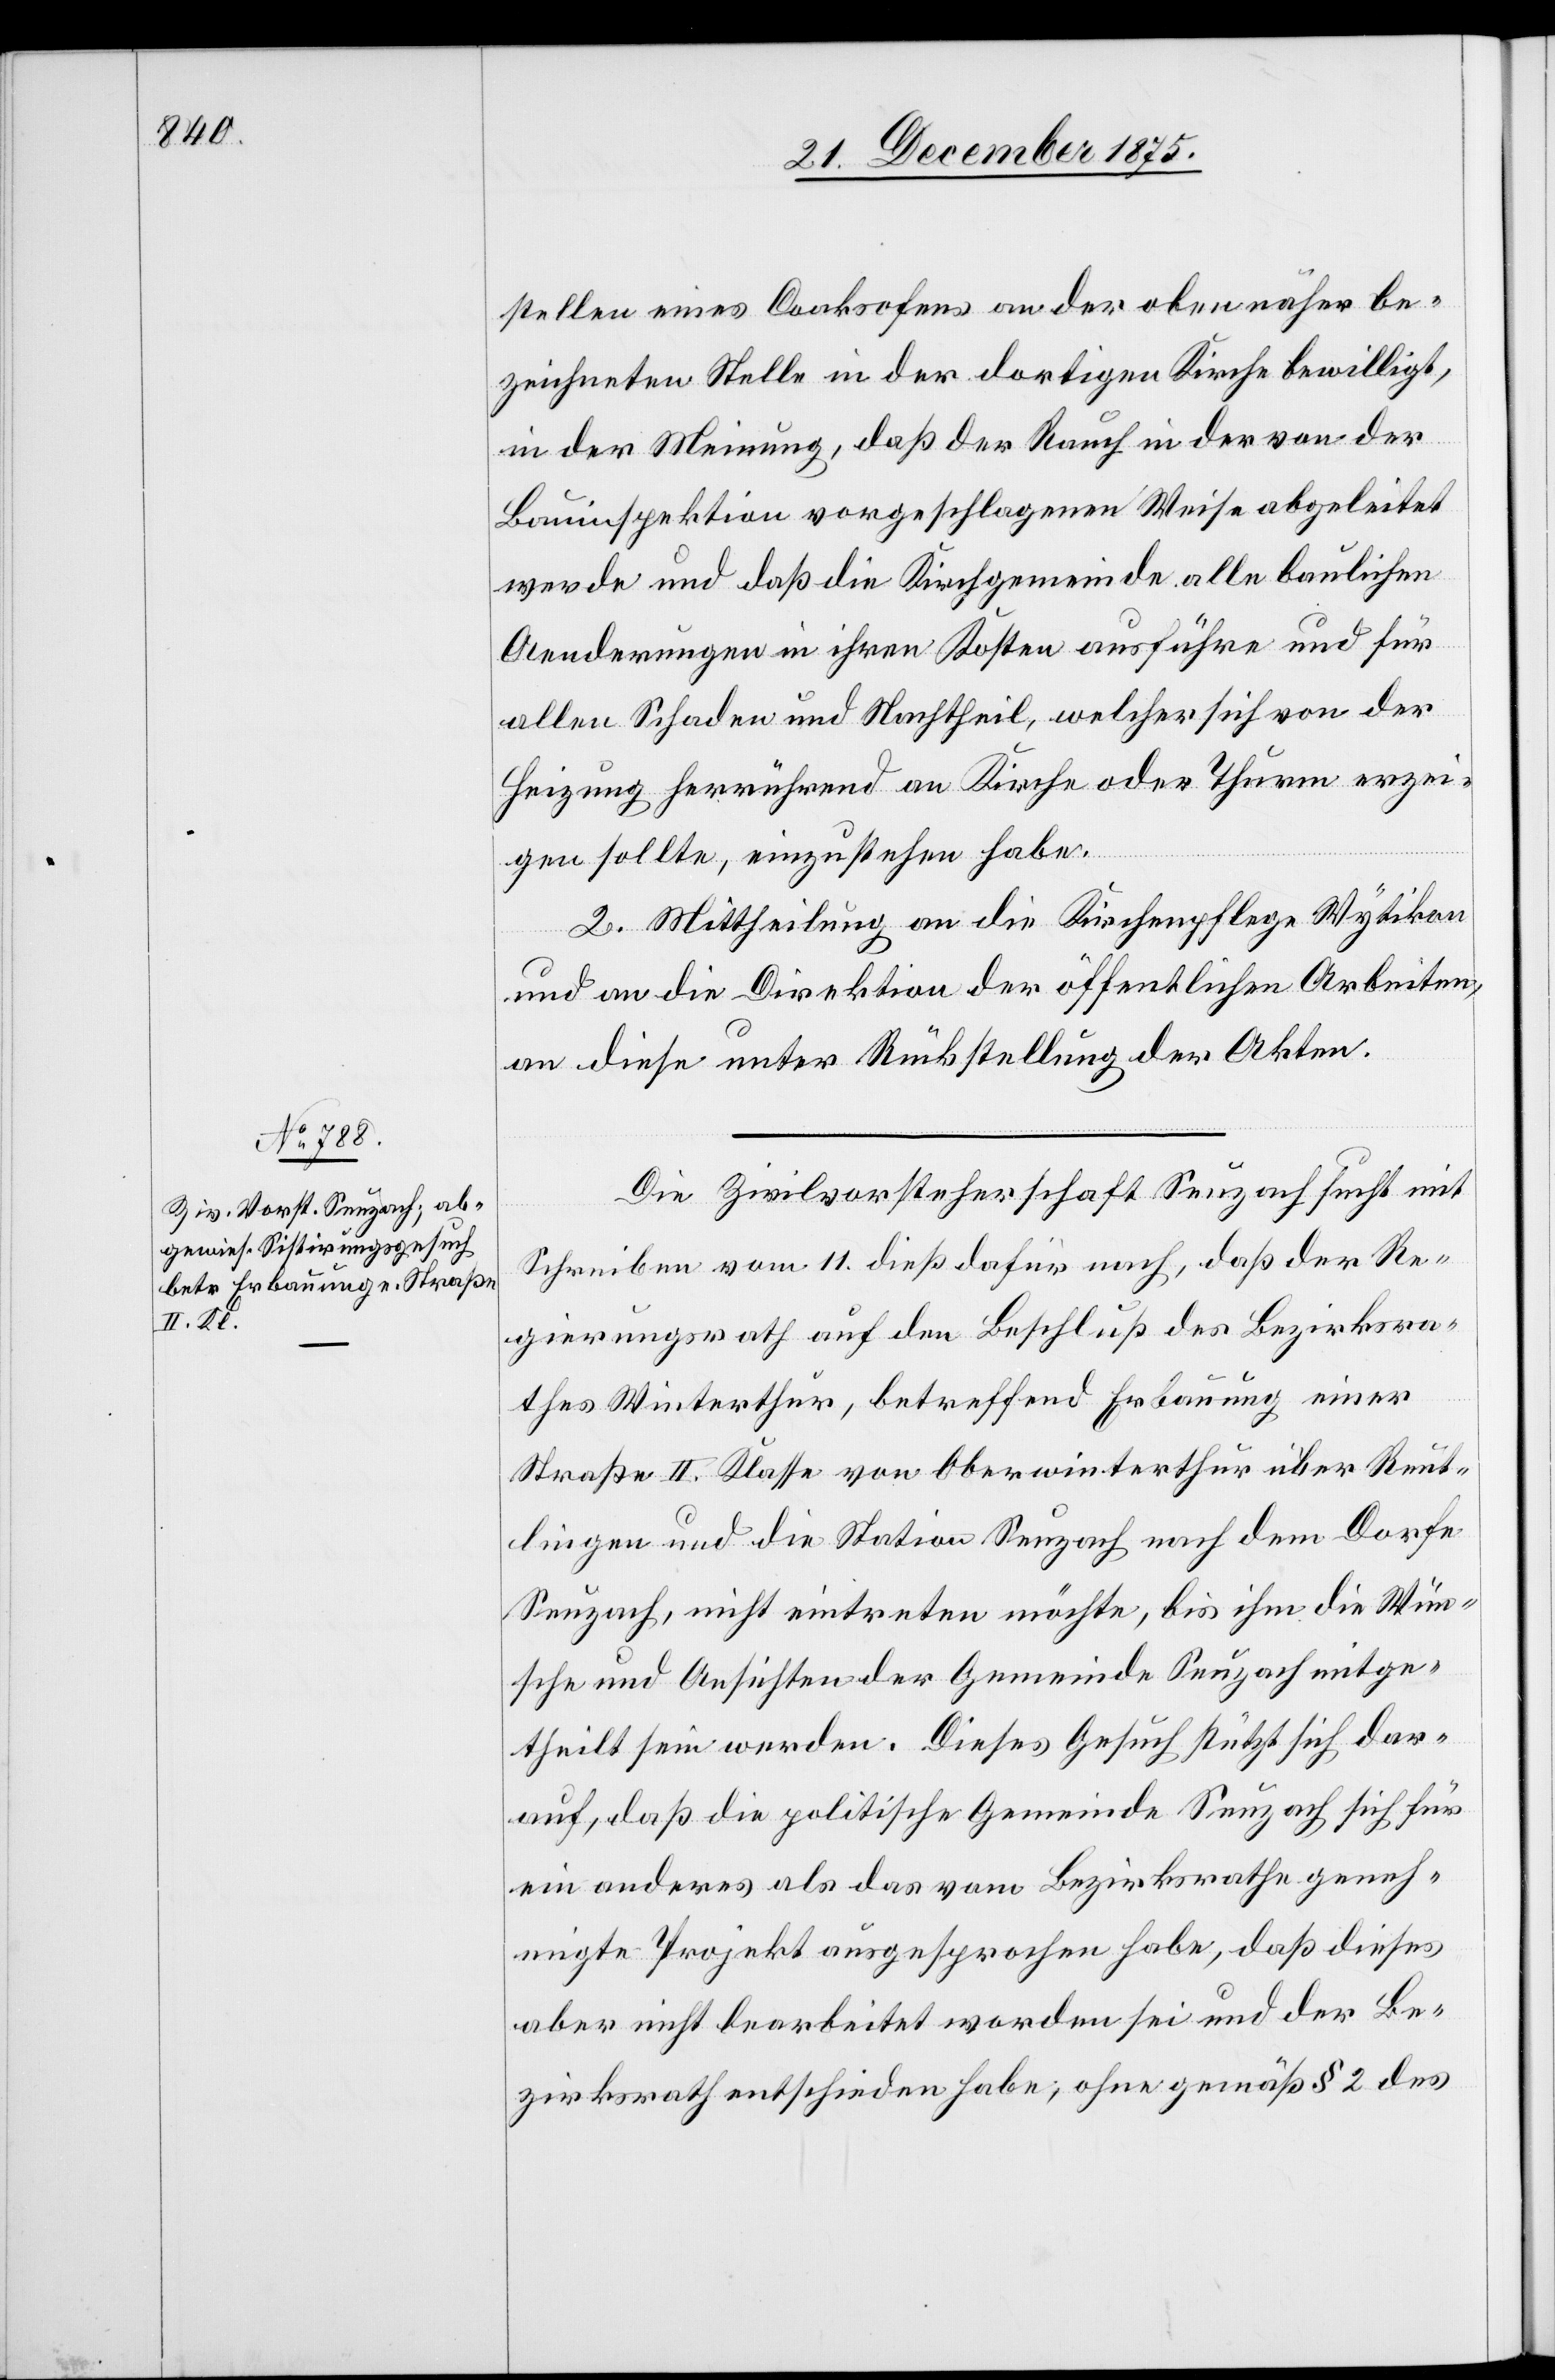
stellen eines Coaksofens an der oben näher be¬
zeichneten Stelle in der dortigen Kirche bewilligt,
in der Meinung, daß der Rauch in der von der
Bauinspektion vorgeschlagenen Weise abgeleitet
werde und daß die Kirchgemeinde alle baulichen
Aenderungen in ihren Kosten ausführe und für
allen Schaden und Nachtheil, welcher sich von der
Heizung herrührend an Kirche oder Thurm erzei¬
gen sollte, einzustehen habe.
2. Mittheilung an die Kirchenpflege Wytikon
und an die Direktion der öffentlichen Arbeiten,
an diese unter Rückstellung der Akten.
Die Zivilvorsteherschaft Seuzach sucht mit
Schreiben vom 11. dieß dafür nach, daß der Re¬
gierungsrath auf den Beschluß des Bezirksra¬
thes Winterthur, betreffend Erbauung einer
Straße II. Klasse von Oberwinterthur über Reut¬
lingen und die Station Seuzach nach dem Dorfe
Seuzach, nicht eintreten möchte, bis ihm die Wün¬
sche und Ansichten der Gemeinde Seuzach mitge¬
theilt sein werden. Dieses Gesuch stützt sich dar¬
auf, daß die politische Gemeinde Seuzach sich für
ein anderes als das vom Bezirksrathe geneh¬
migte Projekt ausgesprochen habe, daß dieses
aber nicht bearbeitet worden sei und der Be¬
zirksrath entschieden habe, ohne gemäß § 2 des